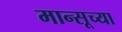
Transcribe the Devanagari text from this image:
मान्सूच्या